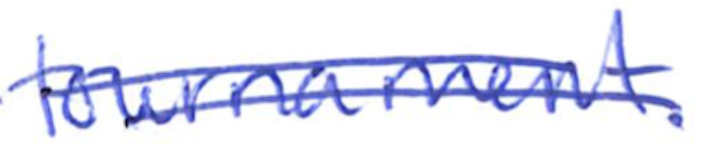
Text: tournament.
Cross-out: double-line
Writing tool: ballpoint